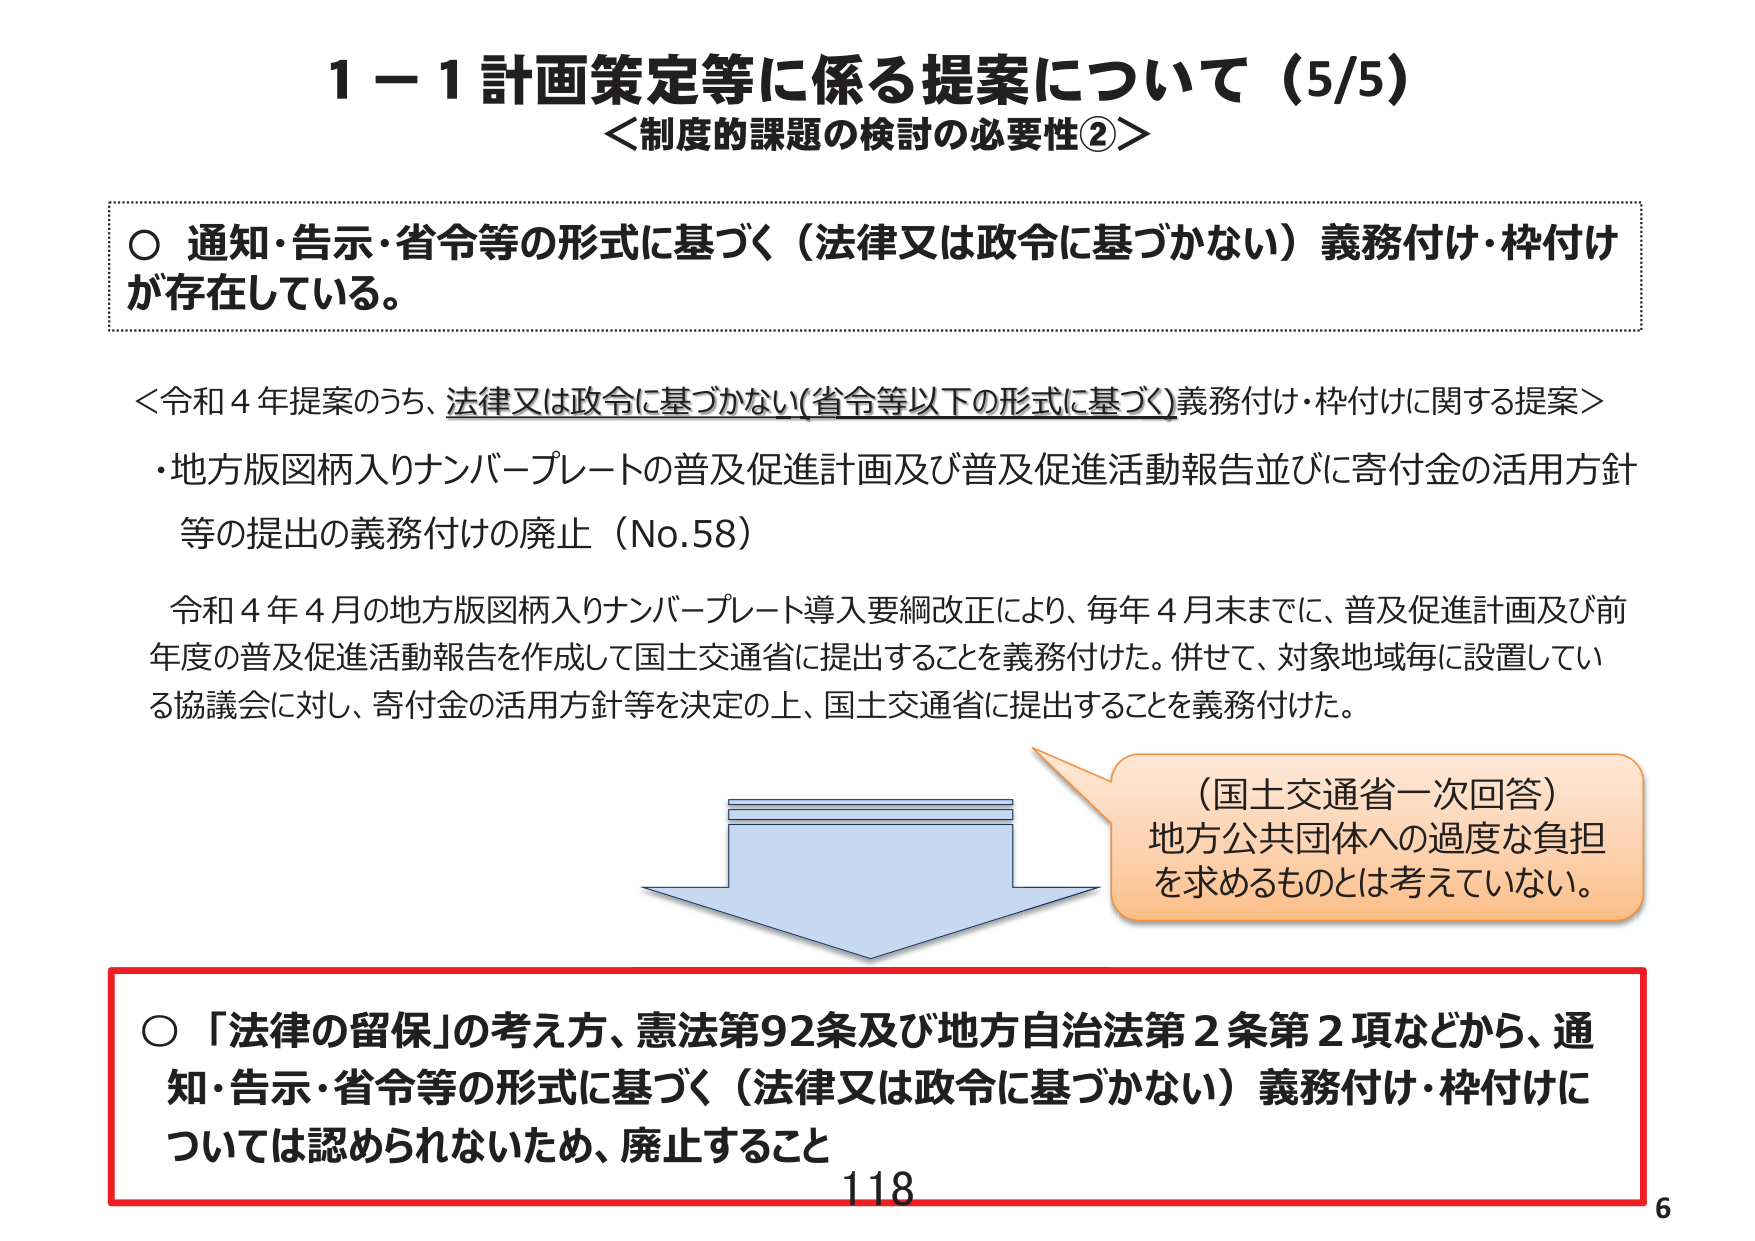
1－1 計画策定等に係る提案について（5/5）
＜制度的課題の検討の必要性②＞

○ 通知・告示・省令等の形式に基づく（法律又は政令に基づかない）義務付け・枠付けが存在している。

＜令和４年提案のうち、法律又は政令に基づかない（省令等以下の形式に基づく）義務付け・枠付けに関する提案＞
・地方版図柄入りナンバープレートの普及促進計画及び普及促進活動報告並びに寄付金の活用方針等の提出の義務付けの廃止（No.58）

令和４年４月の地方版図柄入りナンバープレート導入要綱改正により、毎年４月末までに、普及促進計画及び前年度の普及促進活動報告を作成して国土交通省に提出することを義務付けた。併せて、対象地域毎に設置している協議会に対し、寄付金の活用方針等を決定の上、国土交通省に提出することを義務付けた。

（国土交通省一次回答）
地方公共団体への過度な負担を求めるものとは考えていない。

○ 「法律の留保」の考え方、憲法第92条及び地方自治法第2条第2項などから、通知・告示・省令等の形式に基づく（法律又は政令に基づかない）義務付け・枠付けについては認められないため、廃止すること

118
6